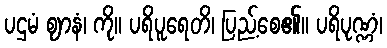
ပဌမံ ဈာနံ၊ ကို။ ပရိပူရေတိ၊ ပြည့်စေ၏။ ပရိပုဏ္ဏံ၊